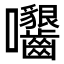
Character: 𡆟